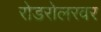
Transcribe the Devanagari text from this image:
रोडरोलरवर